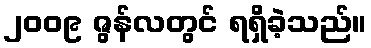
၂၀၀၉ ဇွန်လတွင် ရရှိခဲ့သည်။